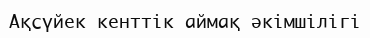
Ақсүйек кенттік аймақ әкімшілігі